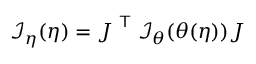
{ \mathcal { I } } _ { \boldsymbol { \eta } } ( { \boldsymbol { \eta } } ) = { \boldsymbol { J } } ^ { \textsf { T } } { \mathcal { I } } _ { \boldsymbol { \theta } } ( { \boldsymbol { \theta } } ( { \boldsymbol { \eta } } ) ) { \boldsymbol { J } }